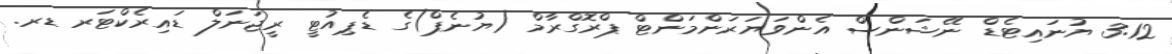
3:12 ޔުނައިޓެޑް ނޭޝަންސް އެންވަޔަރަންމަންޓް ޕްރޮގްރާމް (ޔުނެޕް)ގެ ޑެޕިއުޓީ ރީޖަނަލް ޑައިރެކްޓަރ ޑރ.